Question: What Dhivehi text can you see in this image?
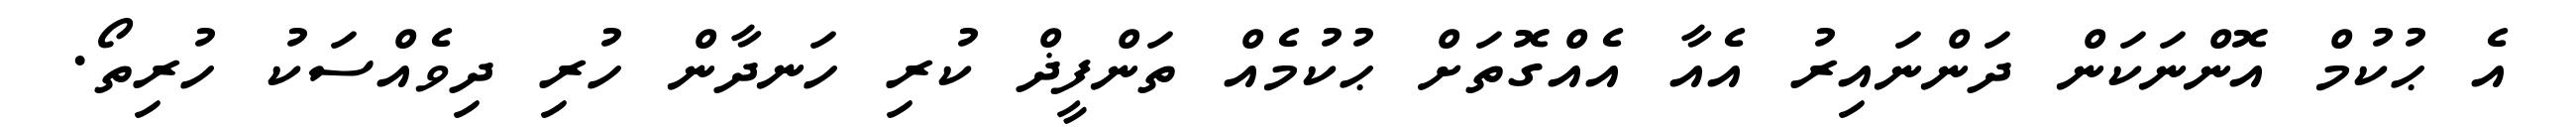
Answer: އެ ޙުކުމް އޮންނަކަން ދަންނައިރު އެއާ އެއްގޮތަށް ޙުކުމެއް ތަންފީޛް ކުރި ހަނދާން ހުރި ދިވެއްސަކު ހުރިތޯ.